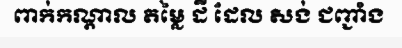
ពាក់កណ្តាល តម្លៃ ដី ដែល សង់ ជញ្ជាំង